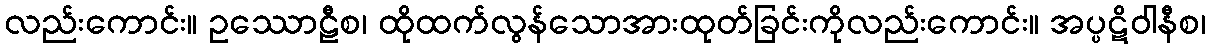
လည်းကောင်း။ ဥဿောဠီစ၊ ထိုထက်လွန်သောအားထုတ်ခြင်းကိုလည်းကောင်း။ အပ္ပဋိဝါနီစ၊